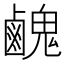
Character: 䴜